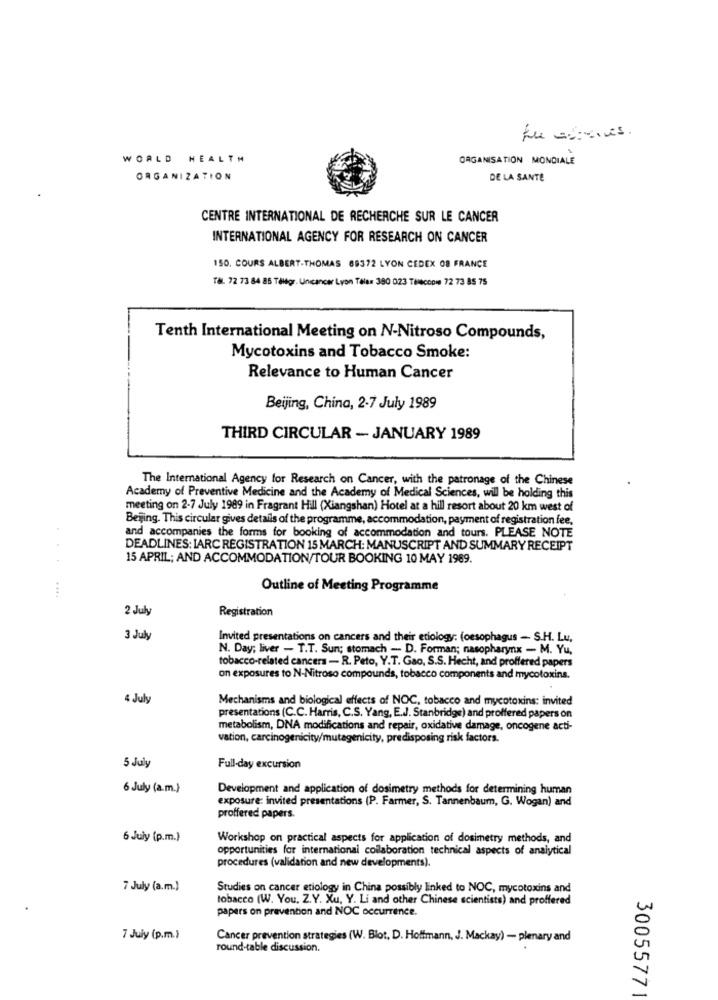
WORLD HEALTH
ORGANISATION MONDIALE
ORGANIZATION
DE LA SANTE
CENTRE INTERNATIONAL DE RECHERCHE SUR LE CANCER
INTERNATIONAL AGENCY FOR RESEARCH ON CANCER
150. COURS ALBERT.THOMAS 69372 LYON CEDEX 08 FRANCE
Tal. 72 73 84 85 Tallgr. Uncancer Lyon Tele# 390 023 THEcool 72 73 85 75
Tenth International Meeting on N-Nitroso Compounds,
Mycotoxins and Tobacco Smoke:
Relevance to Human Cancer
Beijing, China, 2-7 July 1989
THIRD CIRCULAR - JANUARY 1989
The International Agency for Research on Cancer, with the patronage of the Chinese
Academy of Preventive Medicine and the Academy of Medical Sciences, will be holding this
meeting on 2-7 July 1989 in Fragrant Hill (Xiangshan) Hotel at a hill resort about 20 km west of
Beijing. This circular gives details of the programme, accommodation, payment of registration fee,
and accompanies the forms for booking of accommodation and tours. PLEASE NOTE
DEADLINES: IARC REGISTRATION 15 MARCH: MANUSCRIPT AND SUMMARY RECEIPT
15 APRIL; AND ACCOMMODATION/TOUR BOOKING 10 MAY 1989.
Outline of Meeting Programme
2 July
Registration
3 July
Invited presentations on cancers and their etiology: (oesophagus - S.H. Lu,
N. Day; liver - T.T. Sun; stomach - D. Forman; nasopharynx - M. Yu,
tobacco-related cancers - R. Peto, Y.T. Gao, S.S. Hecht, and proffered papers
on exposures to N-Nitroso compounds, tobacco components and mycotoxins.
4 July
Mechanisms and biological effects of NOC, tobacco and mycotoxins: invited
presentations (C.C. Harris, C.S. Yang, E.J. Stanbridge) and proffered papers on
metabolism, DNA modifications and repair, oxidative damage, oncogene acti-
vation, carcinogenicity/mutagenicity, predisposing risk factors.
5 July
Full-day excursion
6 July (a.m.)
Development and application of dosimetry methods for determining human
exposure: invited presentations (P. Farmer, S. Tannenbaum, G. Wogan) and
proffered papers.
6 July (p.m.)
Workshop on practical aspects for application of dosimetry methods, and
opportunities for international collaboration technical aspects of analytical
procedures (validation and new developments).
7 July (a.m.)
Studies on cancer etiology in China possibly linked to NOC, mycotoxins and
tobacco (W. You. Z.Y. Xu, Y. Li and other Chinese scientists) and proffered
papers on prevention and NOC occurrence.
7 July (p.m.)
Cancer prevention strategies (W. Blot, D. Hoffmann, J. Mackay) - plenary and
round-table discussion.
30055771